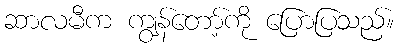
ဆာလမီက ကျွန်တော့်ကို ပြောပြသည်။